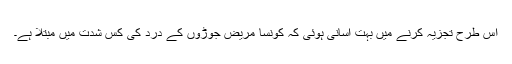
اس طرح تجزیہ کرنے میں بہت آسانی ہوئی کہ کونسا مریض جوڑوں کے درد کی کس شدت میں مبتلا ہے۔